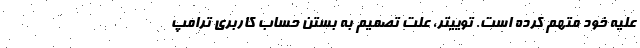
علیه خود متهم کرده است. توییتر، علت تصمیم به بستن حساب کاربری ترامپ